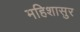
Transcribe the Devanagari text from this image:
महिशासुर